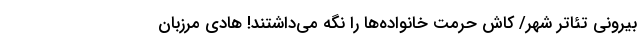
بیرونی تئاتر شهر/ کاش حرمت خانواده‌ها را نگه می‌داشتند! هادی مرزبان